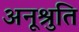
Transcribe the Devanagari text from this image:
अनूश्रुति